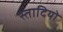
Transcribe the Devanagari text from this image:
स्तादियो